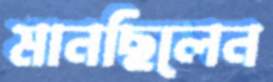
মানছিলেন